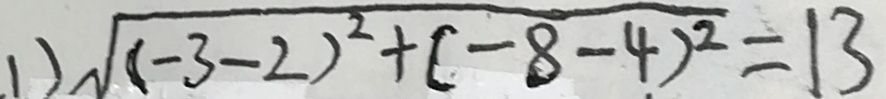
. 1 ) \sqrt { ( - 3 - 2 ) ^ { 2 } + ( - 8 - 4 ) ^ { 2 } } = 1 3